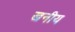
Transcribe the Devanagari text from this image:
खनीय